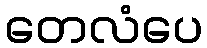
တေလံပေ